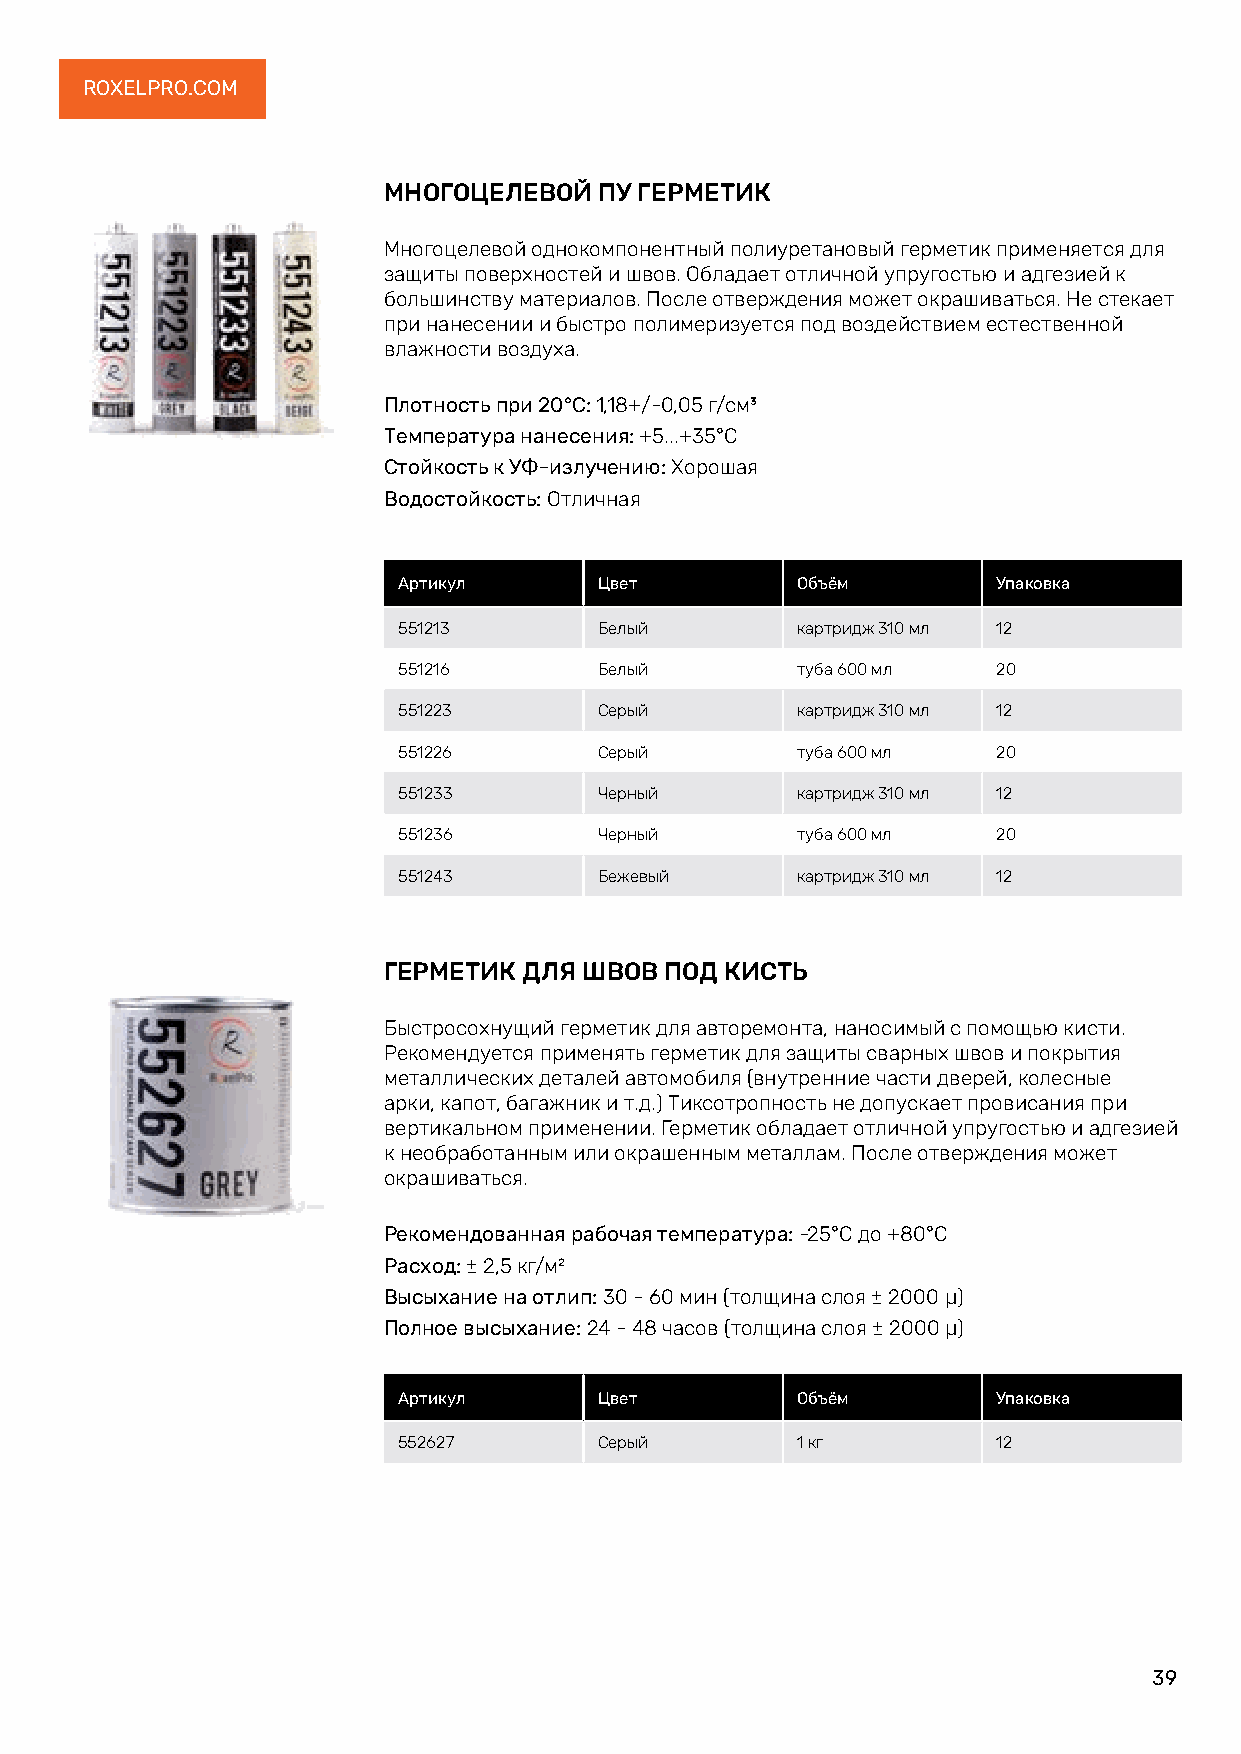
ROXELPRO.COM
 МНОГОЦЕЛЕВОЙ   ПУ ГЕРМЕТИК
 Многоцелевой однокомпонентный полиуретановый герметик применяется для
 защиты поверхностей и швов. Обладает отличной упругостью и адгезией к
 большинству материалов. После отверждения может окрашиваться. Не стекает
 при нанесении и быстро полимеризуется под воздействием естественной
 влажности воздуха.
 Плотность при 20°C: 1,18+/-0,05 г/см³
 Температура нанесения: +5...+35°С
 Стойкость к УФ-излучению: Хорошая
 Водостойкость: Отличная
 Артикул       Цвет         Объём        Упаковка
 551213        Белый        картридж 310 мл 12
 551216        Белый        туба 600 мл  20
 551223        Серый        картридж 310 мл 12
 551226        Серый        туба 600 мл  20
 551233        Черный       картридж 310 мл 12
 551236        Черный       туба 600 мл  20
 551243        Бежевый      картридж 310 мл 12
 ГЕРМЕТИК  ДЛЯ ШВОВ ПОД КИСТЬ
 Быстросохнущий герметик для авторемонта, наносимый с помощью кисти.
 Рекомендуется применять герметик для защиты сварных швов и покрытия
 металлических деталей автомобиля (внутренние части дверей, колесные
 арки, капот, багажник и т.д.) Тиксотропность не допускает провисания при
 вертикальном применении. Герметик обладает отличной упругостью и адгезией
 к необработанным или окрашенным металлам. После отверждения может
 окрашиваться.
 Рекомендованная рабочая температура: -25°C до +80°C
 Расход: ± 2,5 кг/м²
 Высыхание на отлип: 30 - 60 мин (толщина слоя ± 2000 μ)
 Полное высыхание: 24 - 48 часов (толщина слоя ± 2000 μ)
 Артикул       Цвет         Объём        Упаковка
 552627        Серый        1 кг         12
 39